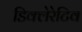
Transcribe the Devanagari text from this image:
डिक्लेरेटिव